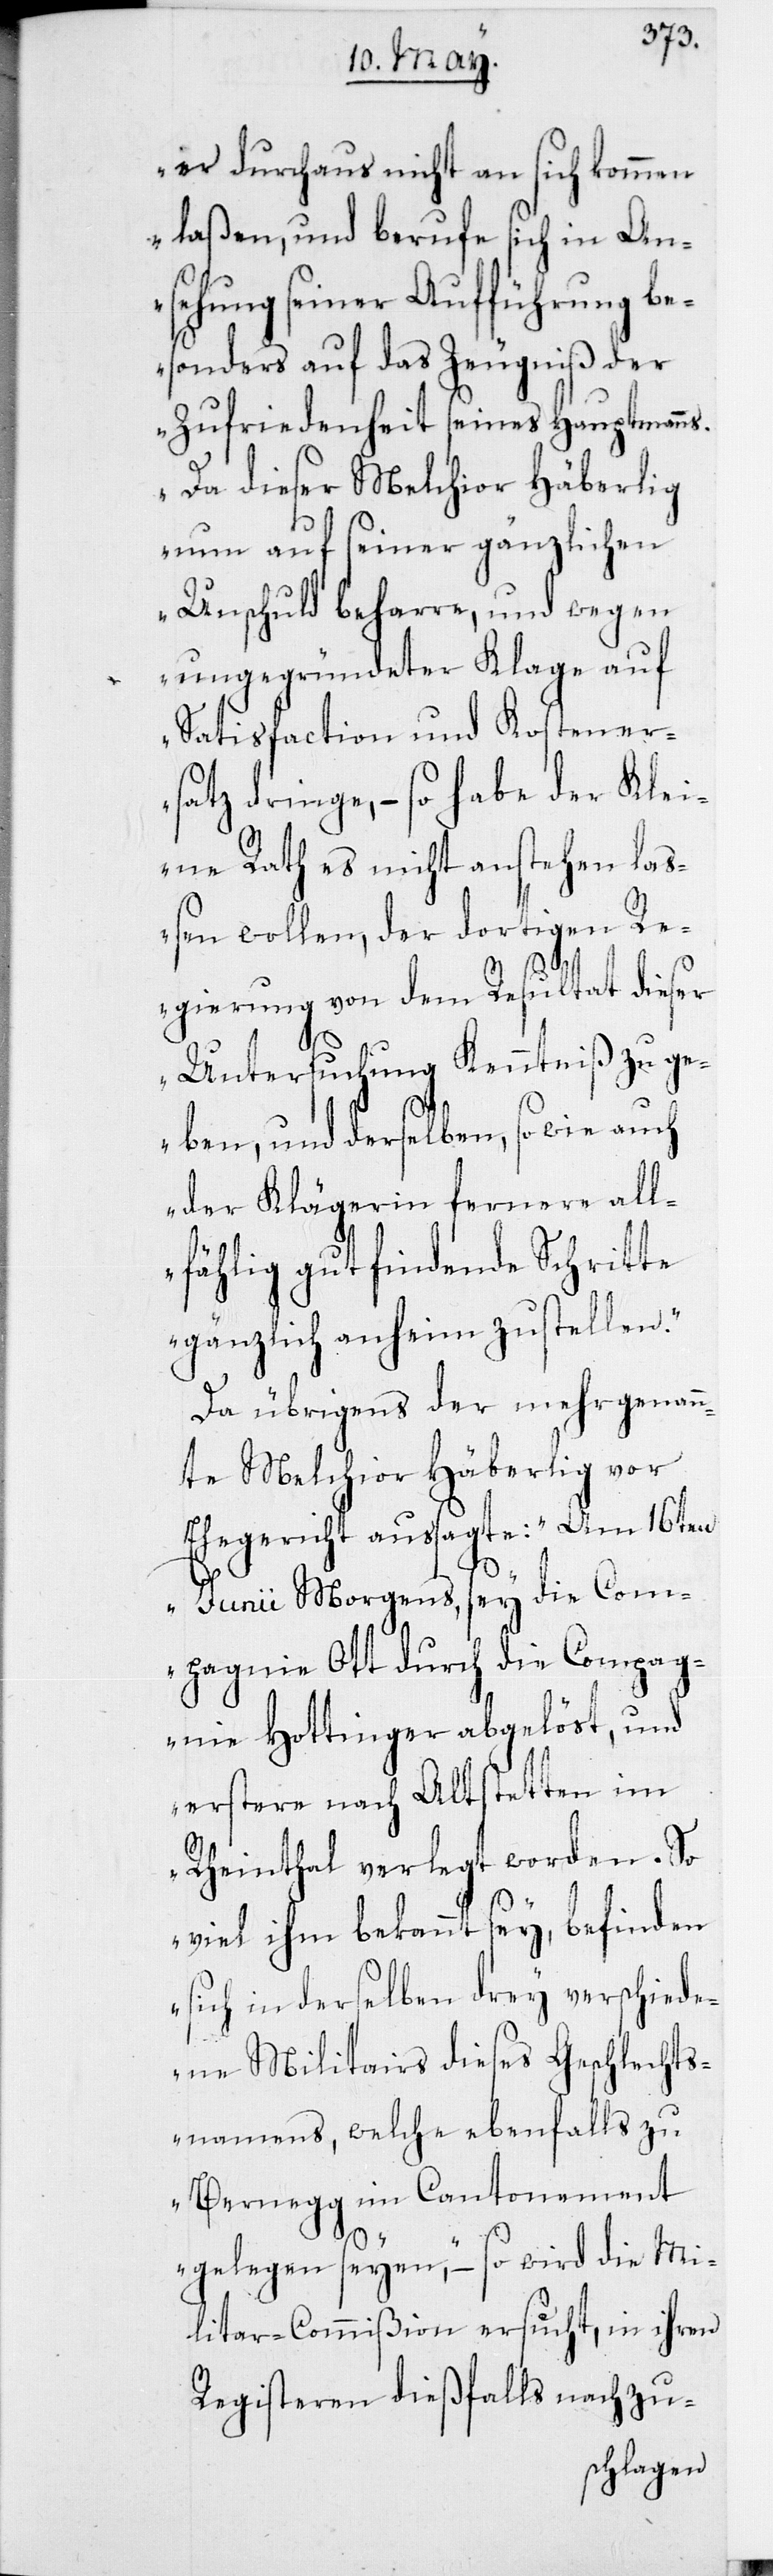
er durchaus nicht an sich kommen
laßen, und berufe sich in An¬
sehung seiner Aufführung be¬
sonders auf das Zeugniß der
Zufriedenheit seines Hauptmanns.
Da dieser Melchior Häberlig
nun auf seiner gänzlichen
Unschuld beharre, und wegen
ungegründeter Klage auf
Satisfaction und Kostener¬
satz dringe, – so habe der Klei¬
ne Rath es nicht anstehen la¬
ßen wollen, der dortigen Re¬
gierung von dem Resultat dieser
Untersuchung Kenntniß zu ge¬
ben, und derselben, sowie
der Klägerin fernere all¬
fählig gut findende Schritte
gänzlich anheim zu stellen.“
Da übrigens der mehrgenan¬
nte Melchior Häberlig vor
Ehegericht aussagte: „Am 16ten
Junii Morgens, sey die Com¬
pagnie Ott durch die Compag¬
nie Hottinger abgelöst, und
erstere nach Altstetten im
Rheintal verlegt worden. So
viel ihm bekannt sey, befinden
sich in derselben drey verschiede¬
ne Militairs dieses Geschlechts¬
namens, welche ebenfalls zu
Bernegg im Cantonement
gelegen seyen“, – so wird die Mi¬
litar-Commißion ersucht, in ihren
Registeren dießfalls nachzu-